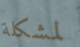
لمشكلة